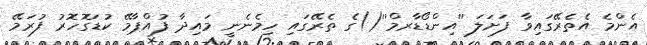
އެންމެ އެތެރޭގައިވާ ފަށަލަ ''އިންޑޯޑާރމް''()ގެ ތެރޭގައި ހިމެނެނީ މައިދާ ފުއްޕާމޭ ކުޑަގޮހޮރު ފުރަމޭ